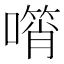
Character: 𠿫